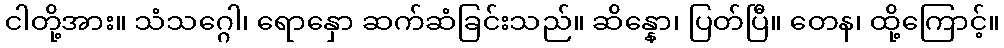
ငါတို့အား။ သံသဂ္ဂေါ၊ ရောနှော ဆက်ဆံခြင်းသည်။ ဆိန္နော၊ ပြတ်ပြီ။ တေန၊ ထို့ကြောင့်။